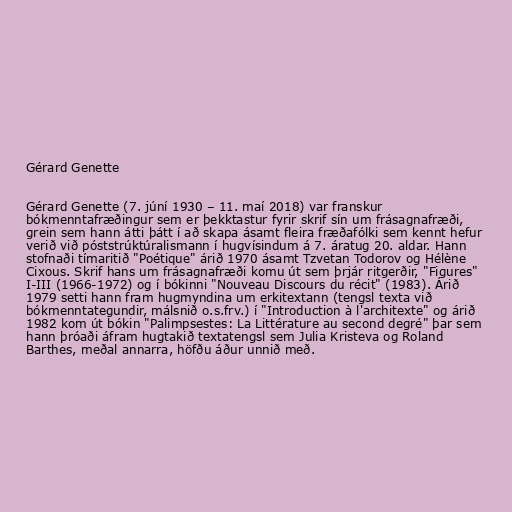
Gérard Genette

Gérard Genette (7. júní 1930 – 11. maí 2018) var franskur
bókmenntafræðingur sem er þekktastur fyrir skrif sín um frásagnafræði,
grein sem hann átti þátt í að skapa ásamt fleira fræðafólki sem kennt hefur
verið við póststrúktúralismann í hugvísindum á 7. áratug 20. aldar. Hann
stofnaði tímaritið "Poétique" árið 1970 ásamt Tzvetan Todorov og Hélène
Cixous. Skrif hans um frásagnafræði komu út sem þrjár ritgerðir, "Figures"
I-III (1966-1972) og í bókinni "Nouveau Discours du récit" (1983). Árið
1979 setti hann fram hugmyndina um erkitextann (tengsl texta við
bókmenntategundir, málsnið o.s.frv.) í "Introduction à l'architexte" og árið
1982 kom út bókin "Palimpsestes: La Littérature au second degré" þar sem
hann þróaði áfram hugtakið textatengsl sem Julia Kristeva og Roland
Barthes, meðal annarra, höfðu áður unnið með.